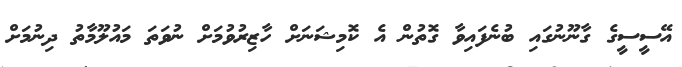
އޭސީސީގެ ގާނޫނުގައި ބުނެފައިވާ ގޮތުން އެ ކޮމިޝަނަށް ހާޒިރުވުމަށް ނުވަތަ މައުލޫމާތު ދިނުމަށް